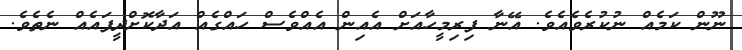
ނޫން ކަމެއް ނުކުރެވެއެވެ. އޭނާ ފިރިމީހާއަށް އެއިން އެއްވެސް ހައްގެއް އަދާކޮށްދީފައެއް ނެތެވެ.